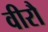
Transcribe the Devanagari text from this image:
वीरौ